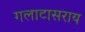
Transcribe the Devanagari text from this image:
गलाटासराय